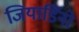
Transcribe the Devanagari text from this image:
जियार्डिनो